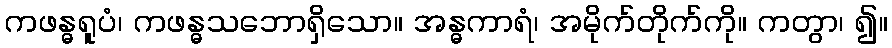
ကဖန္ဓရူပံ၊ ကဖန္ဓသဘောရှိသော။ အန္ဓကာရံ၊ အမိုက်တိုက်ကို။ ကတွာ၊ ၍။